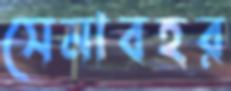
সেনাবহর